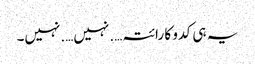
یہ ہی کدو کا رائتہ….نہیں….نہیں۔